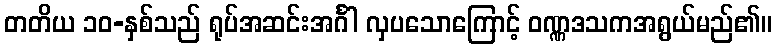
တတိယ ၁၀-နှစ်သည် ရုပ်အဆင်းအင်္ဂါ လှပသောကြောင့် ဝဏ္ဏဒသကအရွယ်မည်၏။